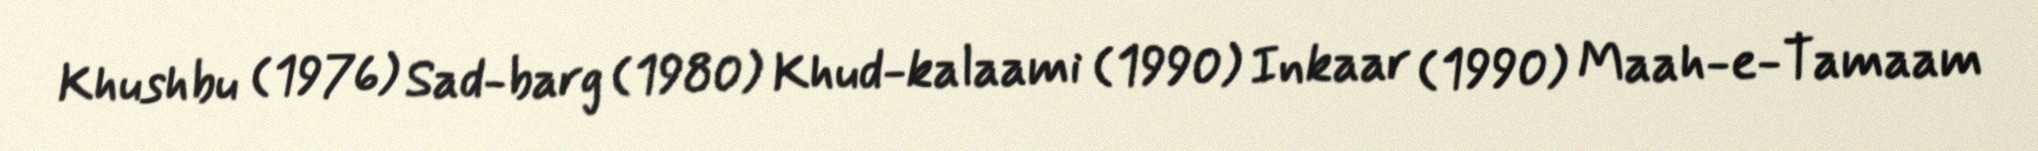
Khushbu (1976) Sad-barg (1980) Khud-kalaami (1990) Inkaar (1990) Maah-e-Tamaam